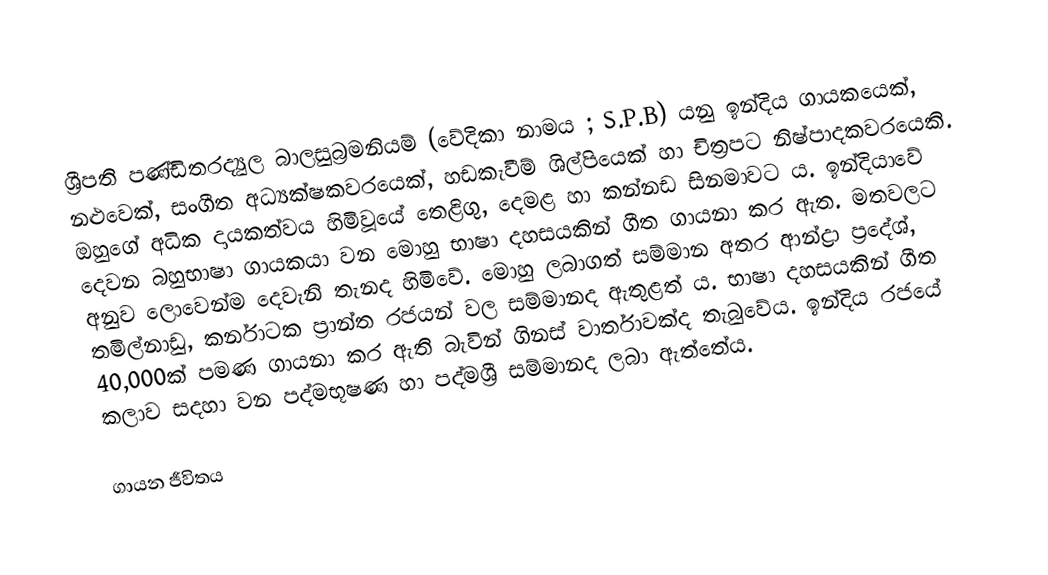
ශ්‍රීපති පණ්ඩිතරද්‍යුල බාලසුබ්‍රමනියම් (වේදිකා නාමය ; S.P.B) යනු ඉන්දිය ගායකයෙක්, නළුවෙක්, සංගීත අධ්‍යක්ෂකවරයෙක්, හඩකැවීම් ශිල්පියෙක් හා චිත්‍රපට නිෂ්පාදකවරයෙකි. ඔහුගේ අධික දායකත්වය හිමිවූයේ තෙළිගු, දෙමළ හා කන්නඩ සිනමාවට ය. ඉන්දියාවේ දෙවන බහුභාෂා ගායකයා වන මොහු භාෂා දහසයකින් ගීත ගායනා කර ඇත. මතවලට අනුව ලොවෙන්ම දෙවැනි තැනද හිමිවේ. මොහු ලබාගත් සම්මාන අතර ආන්ද්‍රා ප්‍රදේශ්, තමිල්නාඩු, කර්නාටක ප්‍රාන්ත රජයන් වල සම්මානද ඇතුළත් ය. භාෂා දහසයකින් ගීත 40,000ක් පමණ ගායනා කර ඇති බැවින් ගිනස් වාර්තාවක්ද තැබුවේය. ඉන්දිය රජයේ කලාව සදහා වන පද්මභූෂණ හා පද්මශ්‍රී සම්මානද ලබා ඇත්තේය.

ගායන ජීවිතය